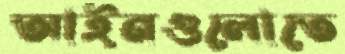
আইনগুলোতে